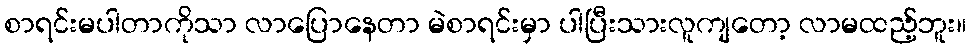
စာရင်းမပါတာကိုသာ လာပြောနေတာ မဲစာရင်းမှာ ပါပြီးသားလူကျတော့ လာမထည့်ဘူး။